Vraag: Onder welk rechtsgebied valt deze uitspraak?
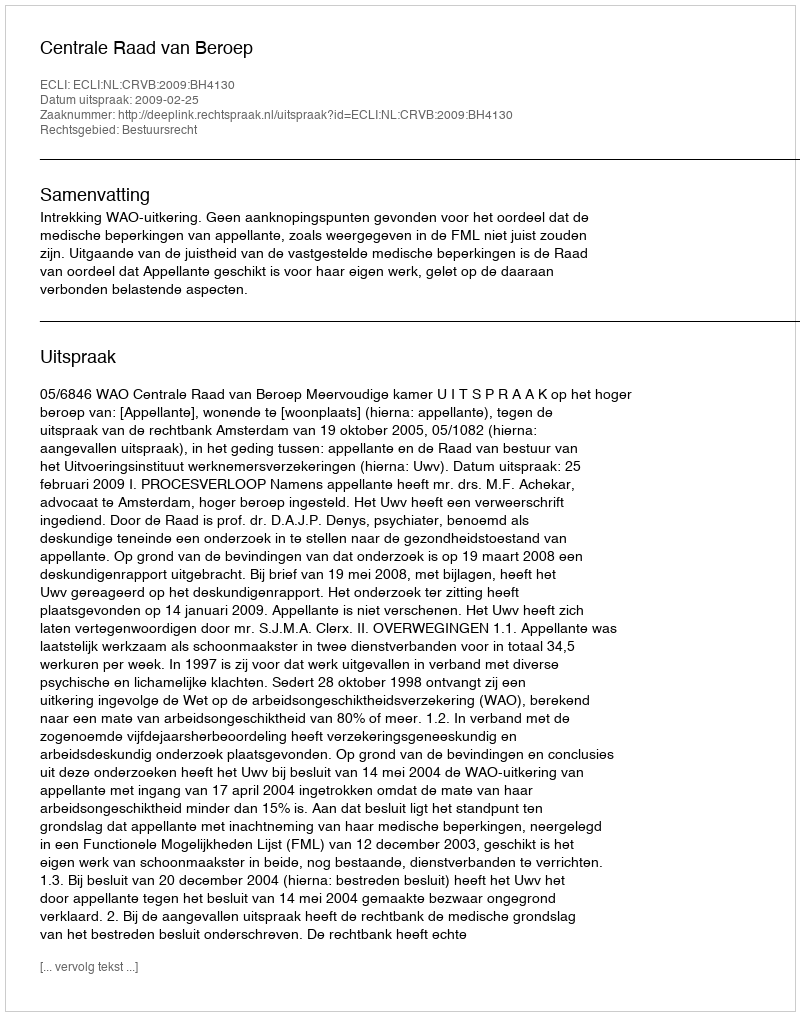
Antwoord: Bestuursrecht